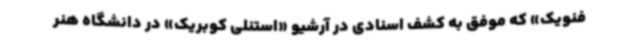
فنویک» که موفق به کشف اسنادی در آرشیو «استنلی کوبریک» در دانشگاه هنر